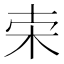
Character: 𣐁